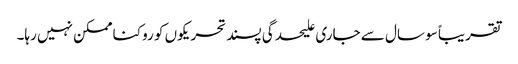
تقریباً سو سال سے جاری علیحدگی پسند تحریکوں کو روکنا ممکن نہیں رہا۔